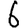
Digit: 6